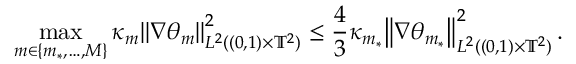
\operatorname* { m a x } _ { m \in \{ m _ { * } , \ldots , M \} } \kappa _ { m } \mathopen { } \mathclose \bgroup \left\| \nabla \theta _ { m } \aftergroup \egroup \right\| _ { L ^ { 2 } ( ( 0 , 1 ) \times \ensuremath { \mathbb { T } } ^ { 2 } ) } ^ { 2 } \leq \frac 4 3 \kappa _ { m _ { * } } \mathopen { } \mathclose \bgroup \left\| \nabla \theta _ { m _ { * } } \aftergroup \egroup \right\| _ { L ^ { 2 } ( ( 0 , 1 ) \times \ensuremath { \mathbb { T } } ^ { 2 } ) } ^ { 2 } \, .